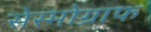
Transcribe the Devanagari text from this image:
सेस्मोग्राफ